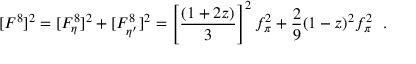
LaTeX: [ F ^ { 8 } ] ^ { 2 } = [ F _ { \eta } ^ { 8 } ] ^ { 2 } + [ F _ { \eta ^ { \prime } } ^ { 8 } ] ^ { 2 } = \left[ \frac { ( 1 + 2 z ) } { 3 } \right] ^ { 2 } f _ { \pi } ^ { 2 } + \frac { 2 } { 9 } ( 1 - z ) ^ { 2 } f _ { \pi } ^ { 2 } ~ ~ .